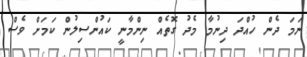
ނަމަ ދެން ހުއްދަ ދިނުމާ މެދު ގޮތެއް ނިންމާނީ ކައުންސިލުން ކަމަށް ވެސް